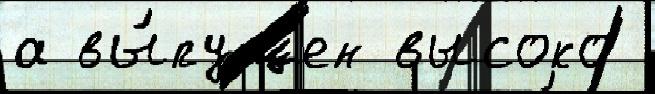
а вы́пущен высоко